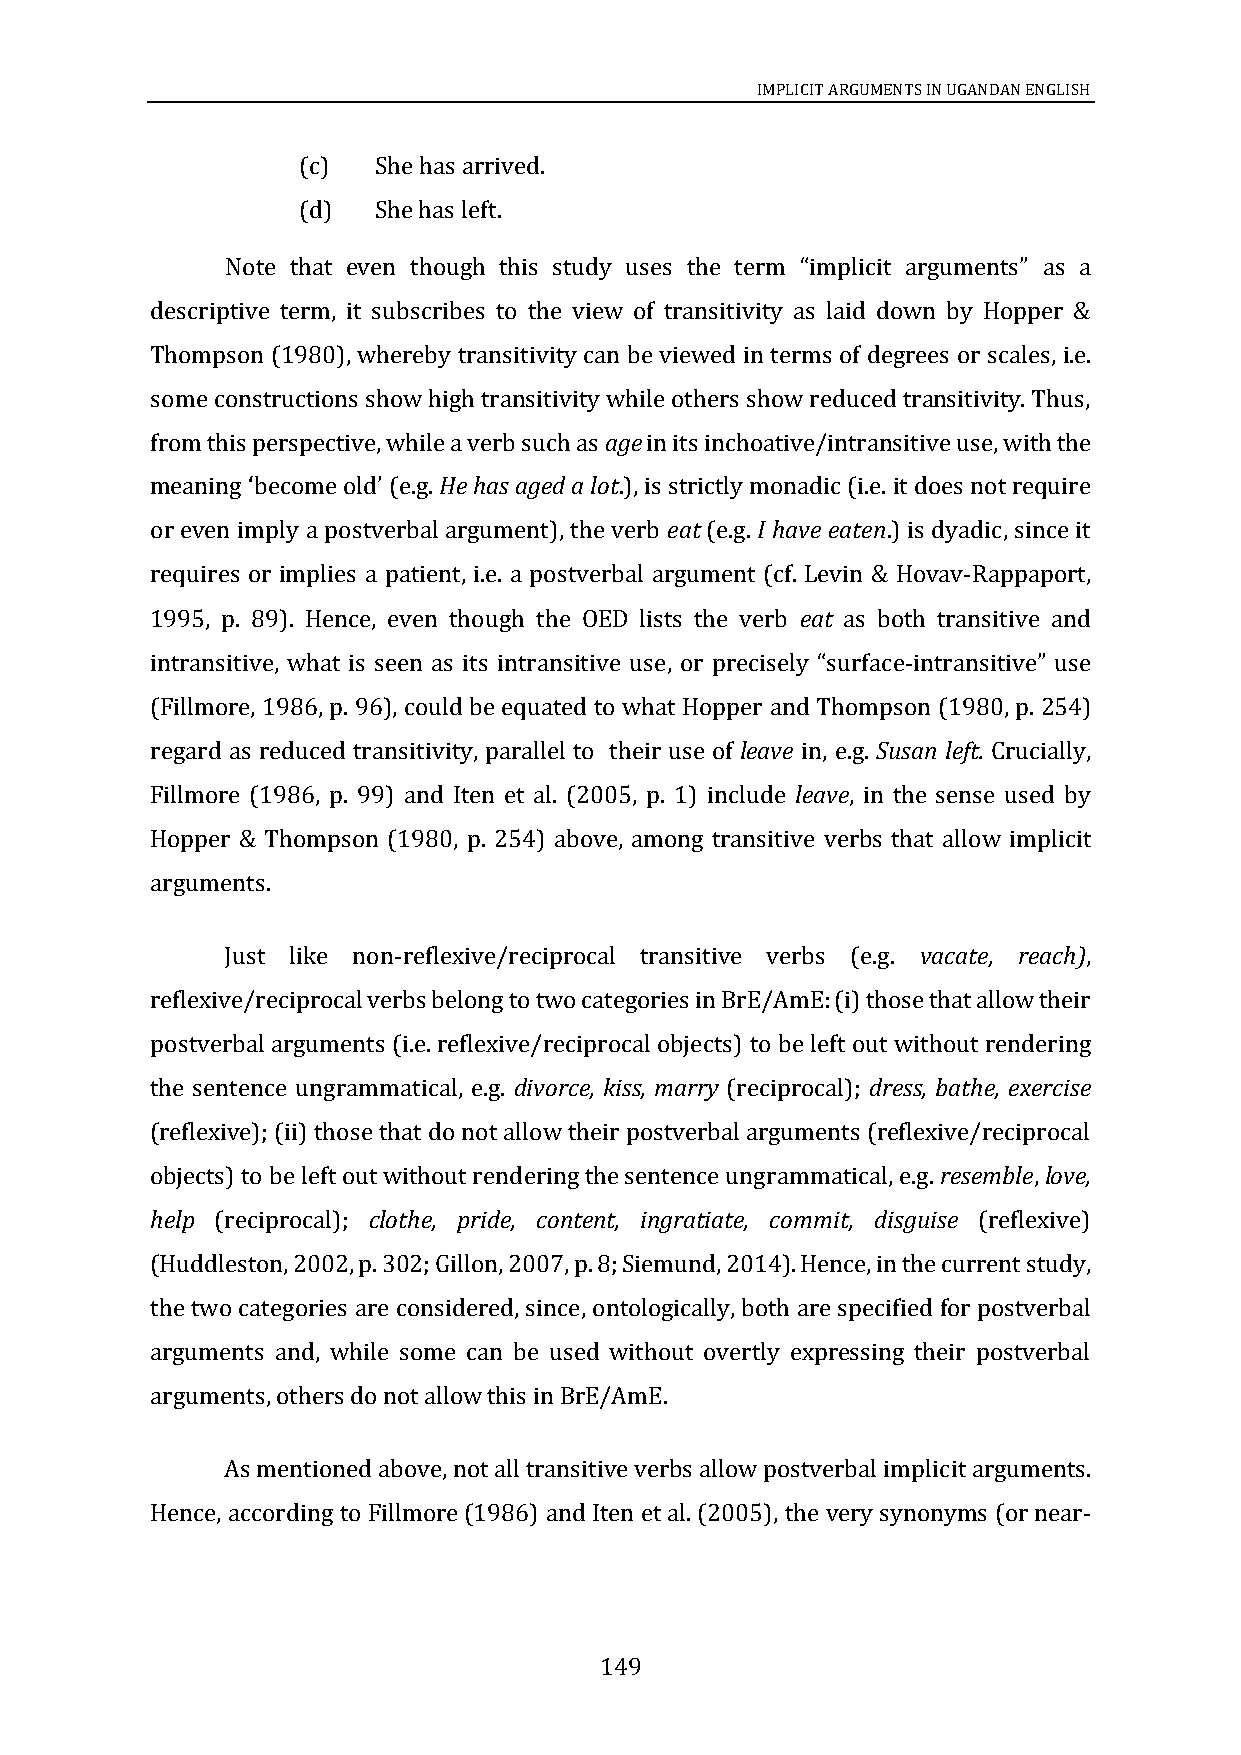
IMPLICIT ARGUMENTS IN UGANDAN ENGLISH
 (c)  She has arrived.
 (d)  She has left.
 Note that                                             as a
 descriptive term, it subscribes to the view of transitivity as laid down by Hopper &
 even though this study uses the term “implicit arguments”
 Thompson (1980), whereby transitivity can be viewed in terms of degrees or scales, i.e.
 some constructions show high transitivity while others show reduced transitivity. Thus,
 from this perspective, while a verb such as age in its inchoative/intransitive use, with the
 He has aged a lot.), is strictly monadic (i.e. it does not require
 or even imply a postverbal argument), the verb eat (e.g. I have eaten.) is dyadic, since it
 meaning ‘become old’ (e.g.
 requires or implies a patient, i.e. a postverbal argument (cf. Levin & Hovav-Rappaport,
 1995, p. 89). Hence, even though the OED lists the verb eat as both transitive and
 intransitive, what is seen as its intransitive use, or precisely -intransitive
 (Fillmore, 1986, p. 96), could be equated to what Hopper and Thompson (1980, p. 254)
 “surface       ” use
 regard as reduced transitivity, parallel to their use of leave in, e.g. Susan left. Crucially,
 Fillmore (1986, p. 99) and Iten et al. (2005, p. 1) include leave, in the sense used by
 Hopper & Thompson (1980, p. 254) above, among transitive verbs that allow implicit
 arguments.
 Just like non-reflexive/reciprocal transitive verbs (e.g. vacate, reach),
 reflexive/reciprocal verbs belong to two categories in BrE/AmE: (i) those that allow their
 postverbal arguments (i.e. reflexive/reciprocal objects) to be left out without rendering
 the sentence ungrammatical, e.g. divorce, kiss, marry (reciprocal); dress, bathe, exercise
 (reflexive); (ii) those that do not allow their postverbal arguments (reflexive/reciprocal
 objects) to be left out without rendering the sentence ungrammatical, e.g. resemble, love,
 help (reciprocal); clothe, pride, content, ingratiate, commit, disguise (reflexive)
 (Huddleston, 2002, p. 302; Gillon, 2007, p. 8; Siemund, 2014). Hence, in the current study,
 the two categories are considered, since, ontologically, both are specified for postverbal
 arguments and, while some can be used without overtly expressing their postverbal
 arguments, others do not allow this in BrE/AmE.
 As mentioned above, not all transitive verbs allow postverbal implicit arguments.
 Hence, according to Fillmore (1986) and Iten et al. (2005), the very synonyms (or near-
 149